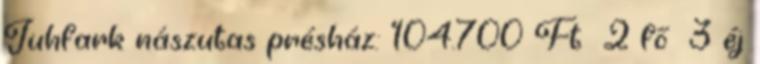
Juhfark nászutas présház: 104.700 Ft 2 fő 3 éj